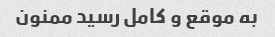
به موقع و کامل رسید ممنون